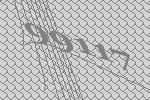
99117